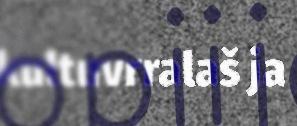
kultuvrralaš ja